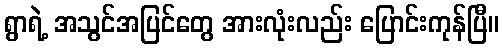
ရွာရဲ့ အသွင်အပြင်တွေ အားလုံးလည်း ပြောင်းကုန်ပြီ။